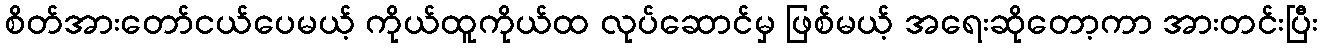
စိတ်အားတော်ငယ်ပေမယ့် ကိုယ်ထူကိုယ်ထ လုပ်ဆောင်မှ ဖြစ်မယ့် အရေးဆိုတော့ကာ အားတင်းပြီး